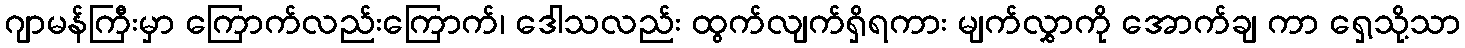
ဂျာမန်ကြီးမှာ ကြောက်လည်းကြောက်၊ ဒေါသလည်း ထွက်လျက်ရှိရကား မျက်လွှာကို အောက်ချ ကာ ရှေ့သို့သာ